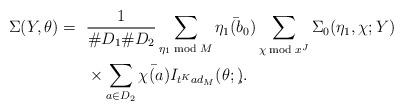
LaTeX: \begin{align*}\Sigma(Y,\theta)=~&\frac{1}{\#D_1\#D_2}\sum_{\eta_1\bmod{M}}\bar{\eta_1(b_0)}\sum_{\chi \bmod{x^J}}\Sigma_0(\eta_1,\chi;Y)\\&\times\sum_{a\in D_2}\bar{\chi(a)}I_{t^Kad_M}(\theta;\c).\end{align*}